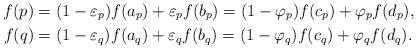
LaTeX: \begin{align*}f(p) &= (1-\varepsilon_p)f(a_p)+\varepsilon_pf(b_p)=(1-\varphi_p)f(c_p)+\varphi_pf(d_p), \\f(q) &= (1-\varepsilon_q)f(a_q)+\varepsilon_qf(b_q)=(1-\varphi_q)f(c_q)+\varphi_qf(d_q).\end{align*}